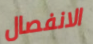
الانفصال